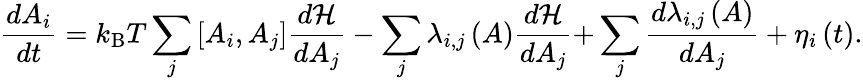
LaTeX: {\frac{dA_{i}}{dt}}=k_{\mathrm{B}}T\sum_{j}{\left[{A_{i},A_{j}}\right]{\frac{{d}{\mathcal{H}}}{dA_{j}}}}-\sum_{j}{\lambda_{i,j}\left(A\right){\frac{d{\mathcal{H}}}{dA_{j}}}+}\sum_{j}{\frac{d{\lambda_{i,j}\left(A\right)}}{dA_{j}}}+\eta_{i}\left(t\right).